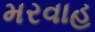
મરવાહ